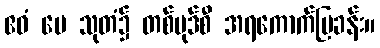
ဧဝံ မေ သုတံ၌ တစ်ပုဒ်စီ အရကောက်ပြခန်း။